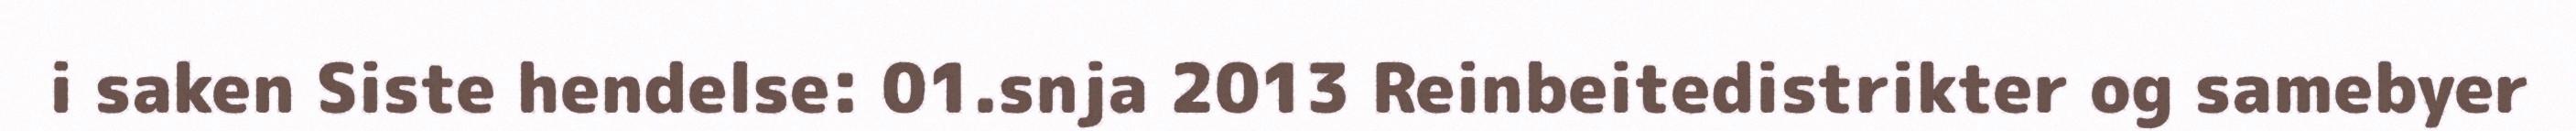
i saken Siste hendelse: 01.snja 2013 Reinbeitedistrikter og samebyer